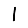
Digit: 1